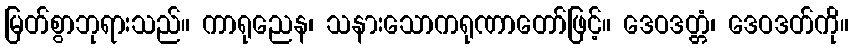
မြတ်စွာဘုရားသည်။ ကာရုညေန၊ သနားသောကရုဏာတော်ဖြင့်။ ဒေဝဒတ္တံ၊ ဒေဝဒတ်ကို။